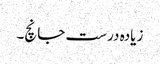
زیادہ درست جانچ۔